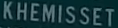
KHEMISSETT